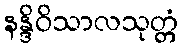
နန္ဒိဝိသာလသုတ္တံ